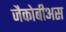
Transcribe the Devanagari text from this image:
जैकोबीअस